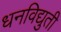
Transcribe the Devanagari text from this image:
धनविद्युती